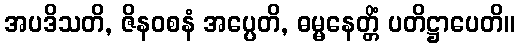
အပဒိသတိ, ဇိနဝစနံ အပ္ပေတိ, ဓမ္မနေတ္တိံ ပတိဋ္ဌာပေတိ။